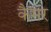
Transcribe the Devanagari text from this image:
कैमर